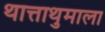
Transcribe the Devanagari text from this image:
थात्ताथुमाला